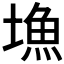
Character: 𡐚